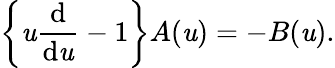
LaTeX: \left\{ \mathit{u}\frac{{\mathrm{{d}}}}{{\mathrm{{d}}\mathit{u}}}-1\right\} A(\mathit{u})=-B(\mathit{u}).